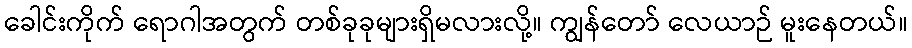
ခေါင်းကိုက် ရောဂါအတွက် တစ်ခုခုများရှိမလားလို့။ ကျွန်တော် လေယာဉ် မူးနေတယ်။